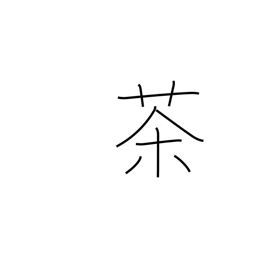
Meaning: tea